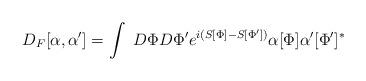
LaTeX: \begin{align*}D_F[\alpha, \alpha ^{\prime}]=\int~D\Phi D\Phi'e^{i(S[\Phi]-S[\Phi'])} \alpha [\Phi ]\alpha ^{\prime}[\Phi' ]^*\end{align*}